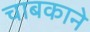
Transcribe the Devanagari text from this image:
चाबकाने